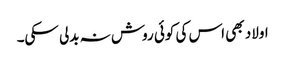
اولاد بھی اس کی کوئی روش نہ بدلی سکی۔